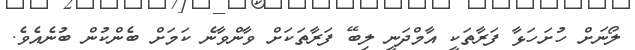
ލޯނަށް ހުށަހަޅާ ފަރާތަކީ އާމްދަނީ ލިބޭ ފަރާތަކަށް ވާންވާނެ ކަމަށް ބެންކުން ބުނެއެވެ.